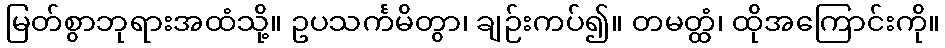
မြတ်စွာဘုရားအထံသို့။ ဥပသင်္ကမိတွာ၊ ချဉ်းကပ်၍။ တမတ္ထံ၊ ထိုအကြောင်းကို။